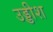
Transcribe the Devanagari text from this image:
उड्डीश